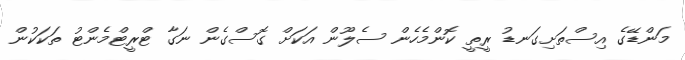
މަންޑޭގެ އިސްތަށިގަނޑު ރީތީ ކޮންމެހެން ސެލޫން އަކަށް ގޮސްގެން ނަގާ ޓްރީޓްމެންޓު ތަކަކުން